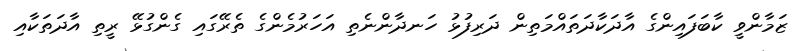
ޒަމާންވީ ކާބަފައިންގެ އާދަކާދަތައްމަތިން ދަރިފުޅު ހަނދާންނެތި އަހަރުމެންގެ ތެރޭގައި ގެންގުޅޭ ރީތި އާދަތަކާއި